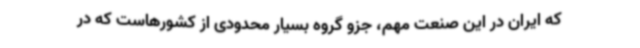
که ایران در این صنعت مهم، جزو گروه بسیار محدودی از کشورهاست که در